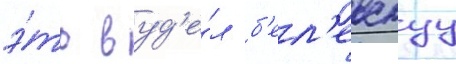
э́то в уд'е́л б'ел'евскуу